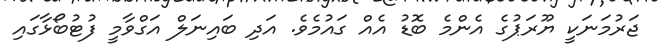
ޖަރުމަނަކީ ޔޫރަޕުގެ އެންމެ ބޮޑު އެއް ގައުމެވެ. އަދި ބައިނަލް އަގްވާމީ ފުޓުބޯޅާގައި